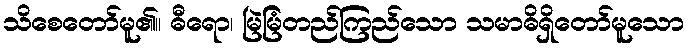
သိစေတော်မူ၏။ ဓီရော၊ မြဲမြံတည်ကြည်သော သမာဓိရှိတော်မူသော